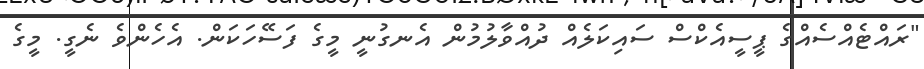
"ރައްޓެއްސެއްގެ ޕީސީއެކްސް ސައިކަލެއް ދުއްވާލުމުން އެނގުނީ މީގެ ފަސޭހަކަން. އެހެންވެ ނެގީ. މީގެ